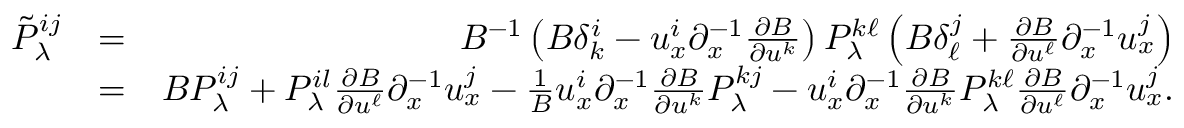
\begin{array} { r l r } { \tilde { P } _ { \lambda } ^ { i j } } & { = } & { B ^ { - 1 } \left( B \delta _ { k } ^ { i } - u _ { x } ^ { i } { \partial } _ { x } ^ { - 1 } \frac { { \partial } B } { { \partial } u ^ { k } } \right) P _ { \lambda } ^ { k \ell } \left( B \delta _ { \ell } ^ { j } + \frac { { \partial } B } { { \partial } u ^ { \ell } } { \partial } _ { x } ^ { - 1 } u _ { x } ^ { j } \right) } \\ & { = } & { B P _ { \lambda } ^ { i j } + P _ { \lambda } ^ { i l } \frac { { \partial } B } { { \partial } u ^ { \ell } } { \partial } _ { x } ^ { - 1 } u _ { x } ^ { j } - \frac { 1 } { B } u _ { x } ^ { i } { \partial } _ { x } ^ { - 1 } \frac { { \partial } B } { { \partial } u ^ { k } } P _ { \lambda } ^ { k j } - u _ { x } ^ { i } { \partial } _ { x } ^ { - 1 } \frac { { \partial } B } { { \partial } u ^ { k } } P _ { \lambda } ^ { k \ell } \frac { { \partial } B } { { \partial } u ^ { \ell } } { \partial } _ { x } ^ { - 1 } u _ { x } ^ { j } . } \end{array}